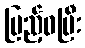
ပြည့်ဝပြီး